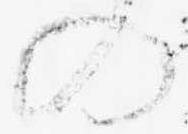
の